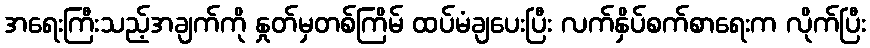
အရေးကြီးသည့်အချက်ကို နှုတ်မှတစ်ကြိမ် ထပ်မံချပေးပြီး လက်နှိပ်စက်စာရေးက လိုက်ပြီး